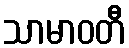
သာမာဝတီ